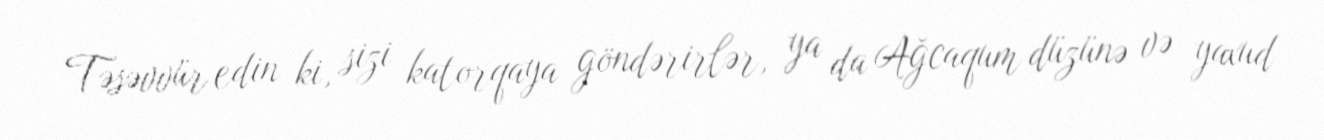
Təsəvvür edin ki, sizi katorqaya göndərirlər, ya da Ağcaqum düzünə və yaxud